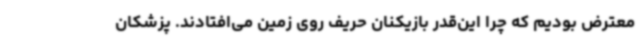
معترض بودیم که چرا این‌قدر بازیکنان حریف روی زمین می‌افتادند. پزشکان